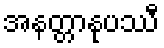
အနတ္တာနုပဿီ